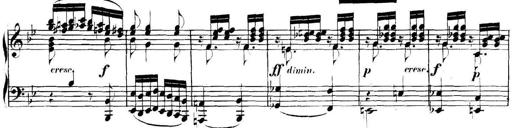
Title: Collected Piano Sonatas
Composer: Muzio Clementi